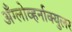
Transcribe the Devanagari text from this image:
अँग्लोव्हर्नाक्युलर